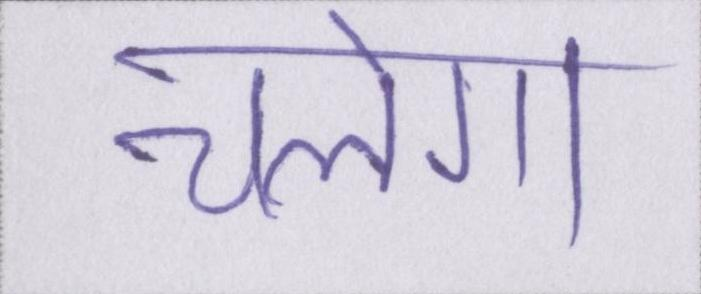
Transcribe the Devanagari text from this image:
चलेगा